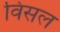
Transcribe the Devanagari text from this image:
विसल